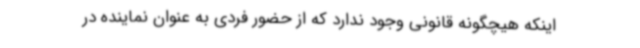
اینکه هیچگونه قانونی وجود ندارد که از حضور فردی به عنوان نماینده در